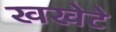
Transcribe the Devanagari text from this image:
खखेटे